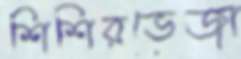
শিশিরভেজা